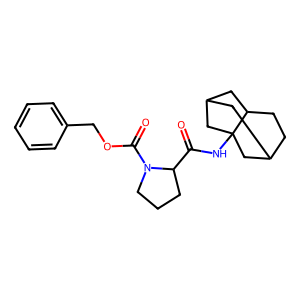
SMILES: O=C(NC12CC3CCC1CC(C3)C2)C1CCCN1C(=O)OCc1ccccc1
Inhibits HIV replication: No